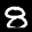
Label: 8